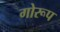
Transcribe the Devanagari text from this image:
गोरूप